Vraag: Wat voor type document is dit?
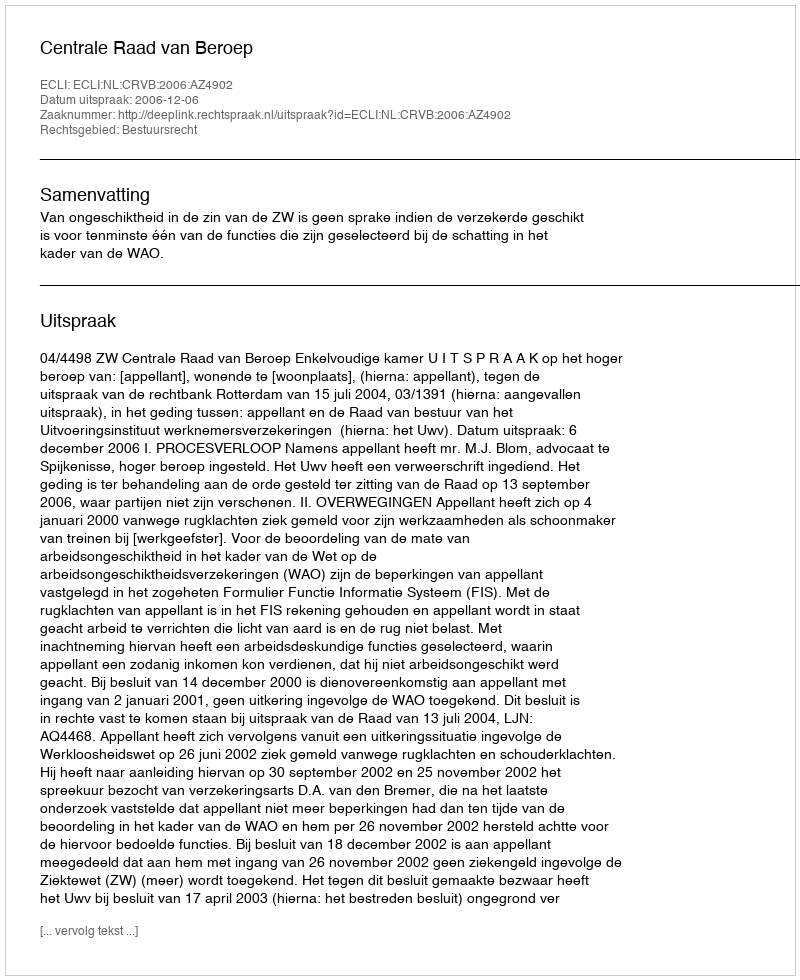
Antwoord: Uitspraak